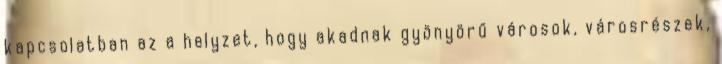
kapcsolatban az a helyzet, hogy akadnak gyönyörű városok, városrészek,